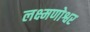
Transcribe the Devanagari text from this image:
लक्ष्मणोश्वर